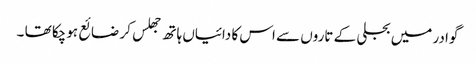
گوادر میں بجلی کے تاروں سے اس کا دائیاں ہاتھ جھلس کر ضائع ہوچکا تھا ۔